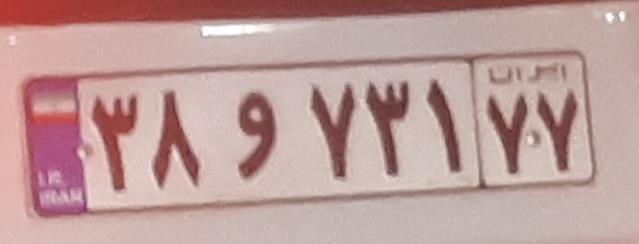
۳۸و۷۳۱۷۷